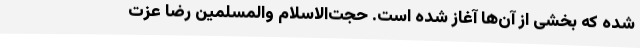
شده که بخشی از آن‌ها آغاز شده است. حجت‌الاسلام والمسلمین رضا عزت